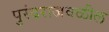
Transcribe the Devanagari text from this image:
पुरंदराजवळील